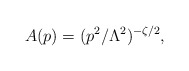
\begin{align*}A(p)=(p^2/\Lambda^2)^{-\zeta/2}, \end{align*}